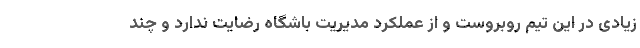
زیادی در این تیم روبروست و از عملکرد مدیریت باشگاه رضایت ندارد و چند